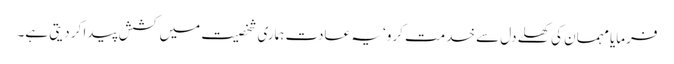
فرمایا مہمان کی کھلے دل سے خدمت کرو‘ یہ عادت ہماری شخصیت میں کشش پیدا کر دیتی ہے۔